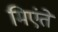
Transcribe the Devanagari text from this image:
मिएंते